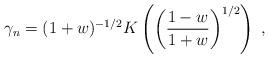
LaTeX: \begin{align*}\gamma_n=(1+w)^{-1/2}K\left(\left(\frac{1-w}{1+w}\right)^{1/2}\right)\;,\end{align*}